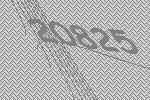
20825